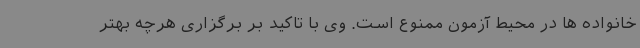
خانواده ها در محیط آزمون ممنوع است. وی با تاکید بر برگزاری هرچه بهتر